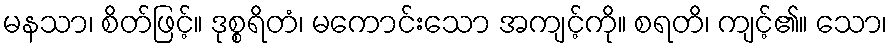
မနသာ၊ စိတ်ဖြင့်။ ဒုစ္စရိတံ၊ မကောင်းသော အကျင့်ကို။ စရတိ၊ ကျင့်၏။ သော၊